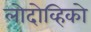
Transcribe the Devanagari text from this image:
लोदोव्हिको